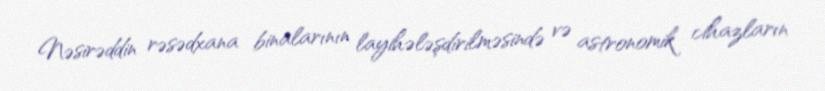
Nəsirəddin rəsədxana binalarının layihələşdirilməsində və astronomik cihazların